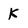
Character: K